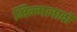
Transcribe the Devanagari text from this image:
मिन्गलादों